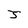
Character: J